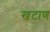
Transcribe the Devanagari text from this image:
खटाण